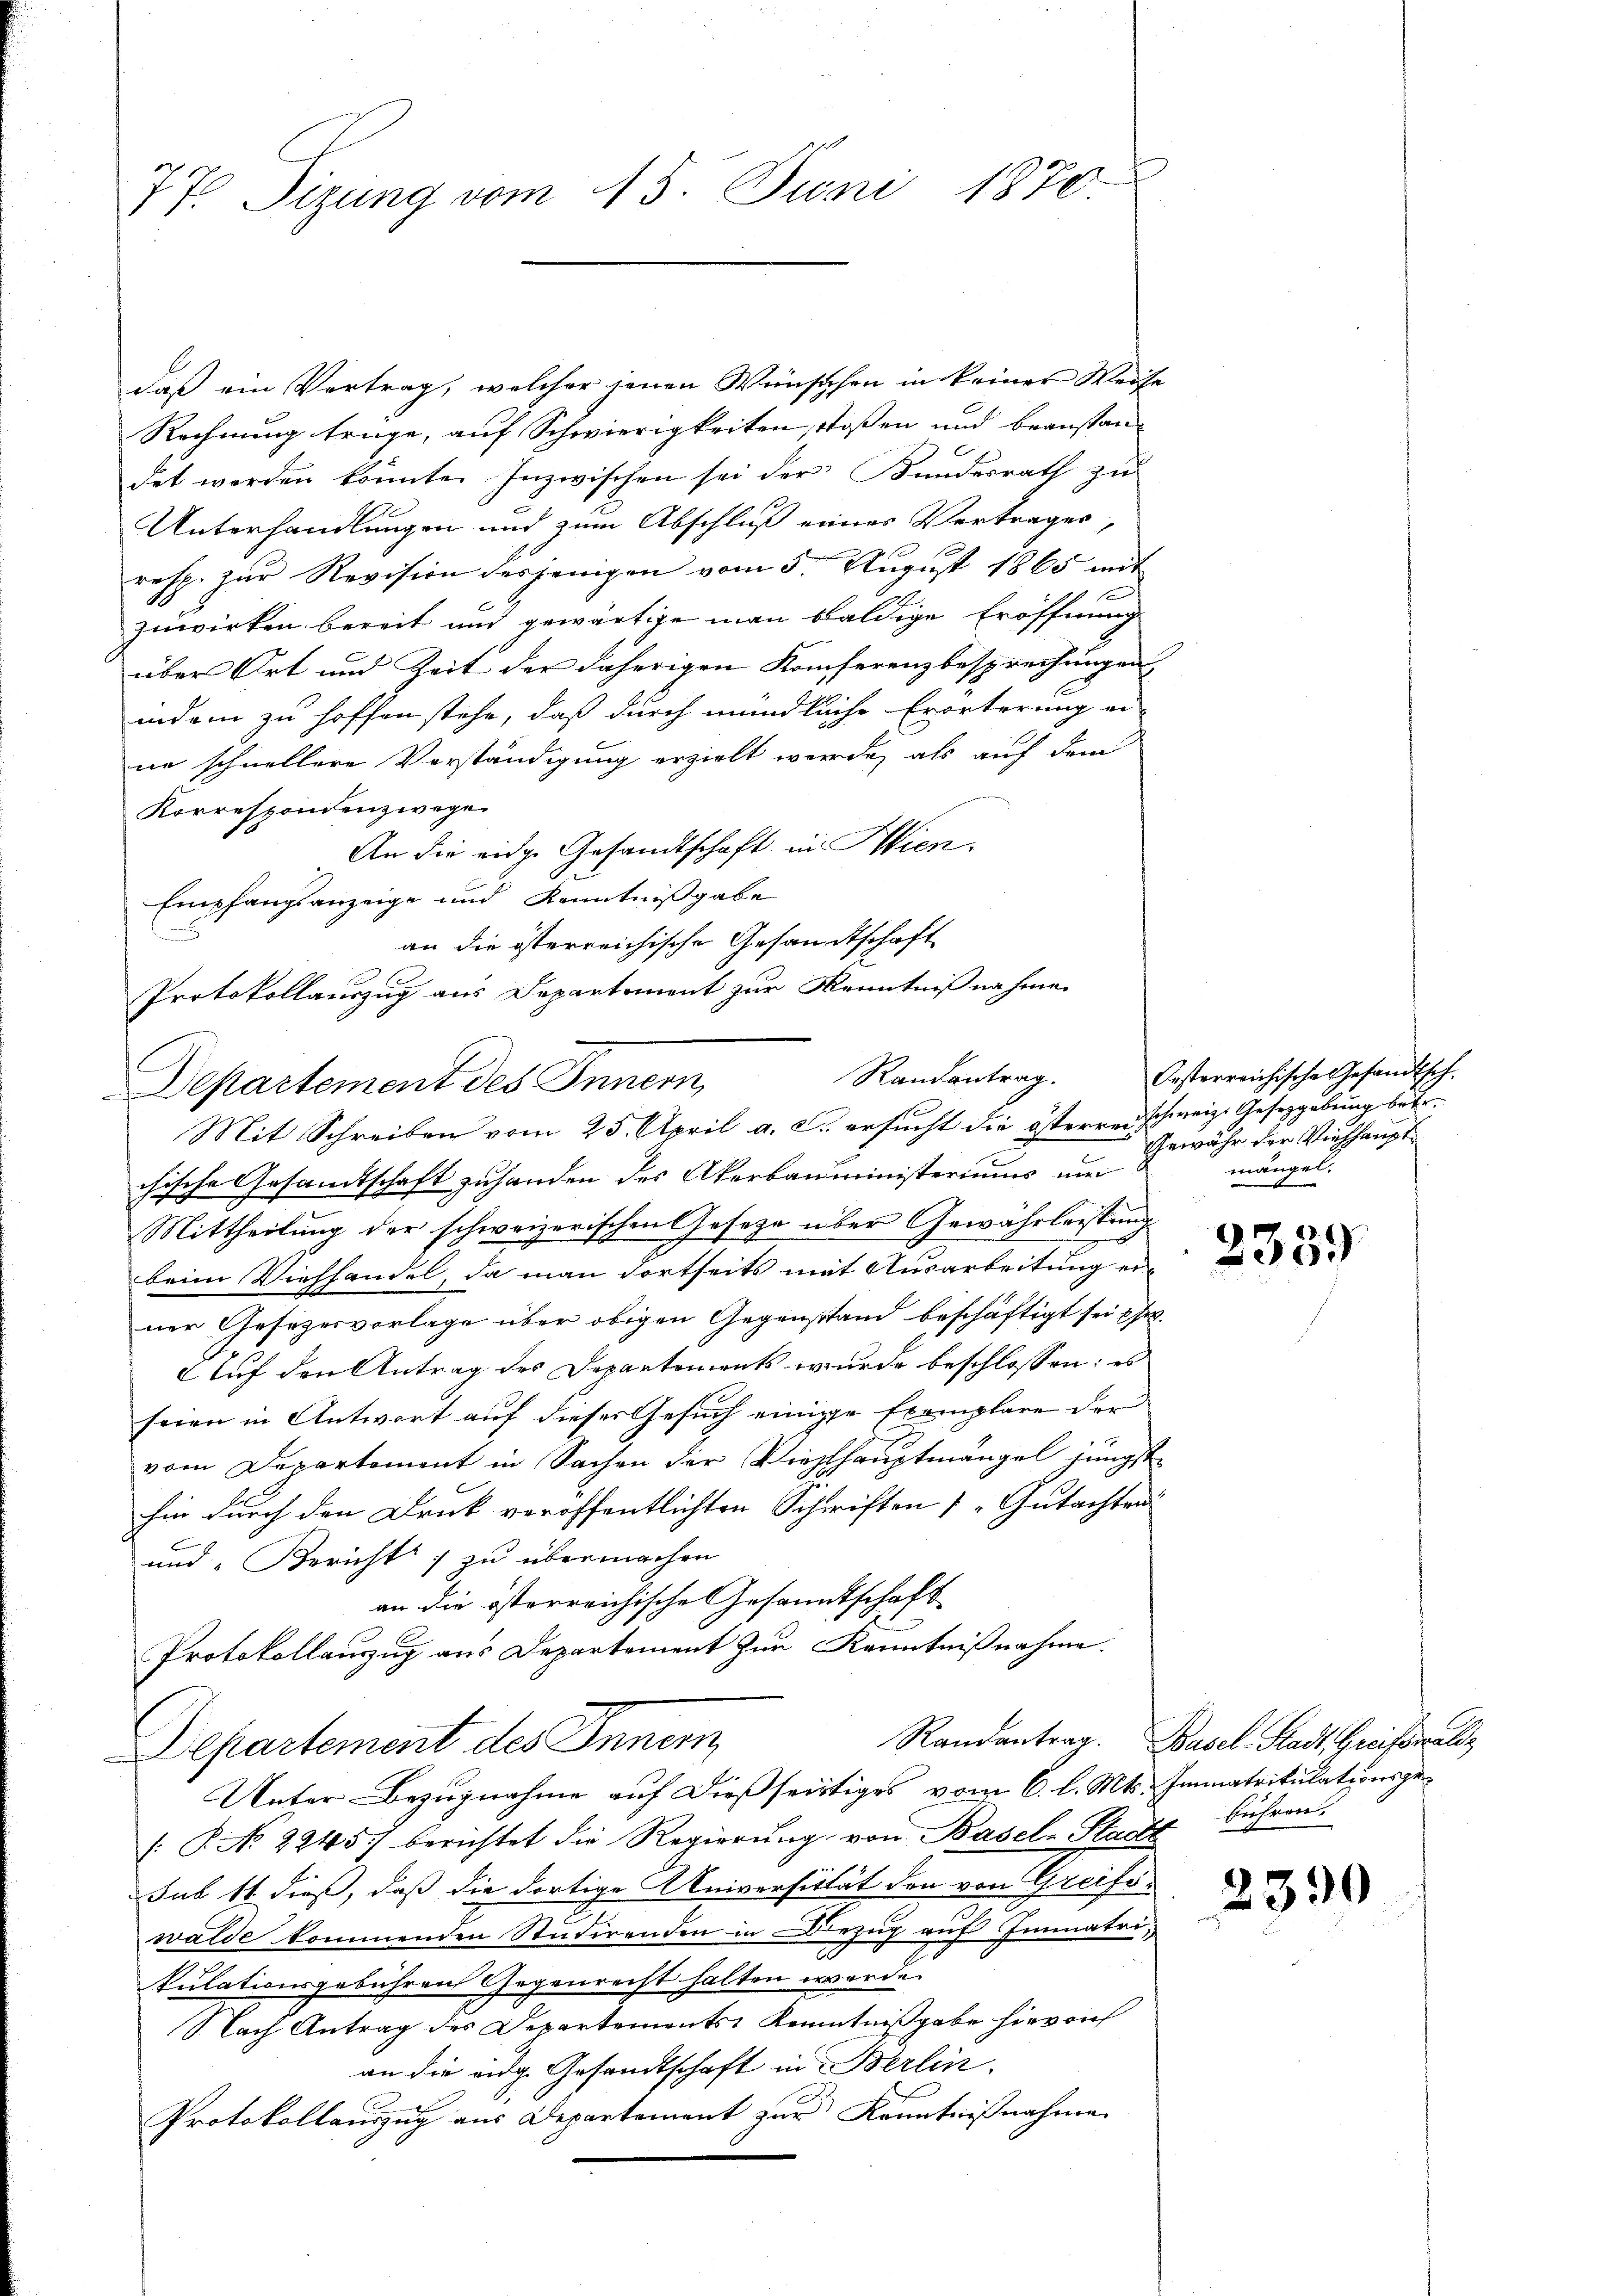
77. Sizung vom 15. Juni 1870.

daß ein Vertrag, welcher jenen Wünschen in keiner Weig
Rechnung trage, auf Schwierigkeiten, stoßen und beanstandet worden könnte. Inzwischen sei der Bundesrath zu
Unterhandlungen und zum Abschluß eines Vertrages,
resp. zŭr Revision desjenigen vom 5. August 1865 mit
zuwirken bereit und gewärtige man baldige Eröffnung
über Ort und Zeit der daherigen Konferenzbesprechungen
indem zu hoffen stehe, daß durch mündliche Erörterung er-
ne schnellere Vorständigung erzielt werde, als auf dem
Korrespondenzwege
An die eidge Gesandtschaft in Wien.
Empfangsanzeige und Kenntnißgabe
n
Departement des Innern,
chische Gesandtschaft zuhanden des Akerbauministeriums um
Mittheilung der schweizerischen Gesetze über Gewährleistung
beim Viehhandel, da man dortseits mit Ausarbeitung einer Gesezesvorlage über obigen Gegenstand beschäftigt sei
 Auf den Antrag des Departements wurde beschlossen: es
feien in Antwort auf dieser Gesuch einige Exemplare der
vom Departement in Sachen der Viehlhauptmängel jüngst
hin durch den Druck veröffentlichten Schriften Gutachten
und Bericht zu übermachen
an die österreichische Gesandtschaft
Protokollauszug aus Departement zur Kenntnißnahme.
Departement des Innern
Unter Bezugnahme auf dießseitiges vom 6. l. Mts. Immatrikulationsge¬
. P. No 2245) berichtet die Regierung von Basel Stadt
sub 11 dieß, daß die dortige Universität den von Greifs-
walde kommenden Studirenden in Bezug auf Immatrikulationsgebühren Gegenrecht halten werde.
Nach Antrag des Departements Kenntnißgabe hievon
an die eidg. Gesandtschaft in Berlin.
Protokollauszug aus Departement zur Kenntnißnahme

an die österreichische Gesandtschaft
Protokollauszug aus Departement zur Kenntnißnahme
Randantrag.
Mit Schreiben vom 25. April a. c. ersucht die österren schweiz. Gesetzgebung betr.

Oesterreichisches Gesandtsch.
Gewähr der Viehhaupt
mängel.

2359

Randantrag. Basel-Stadt Greifswalde
führen.

2390